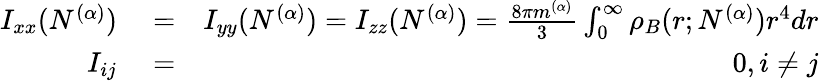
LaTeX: \begin{array}{rlr}{I_{xx}(N^{(\alpha)})}&{{}=}&{I_{yy}(N^{(\alpha)})=I_{zz}(N^{(\alpha)})=\frac{8\pi m^{(\alpha)}}{3}\int_{0}^{\infty}\rho_{B}(r;N^{(\alpha)})r^{4}dr}\\ {I_{ij}}&{{}=}&{0,i\ne j}\end{array}